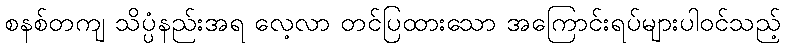
စနစ်တကျ သိပ္ပံနည်းအရ လေ့လာ တင်ပြထားသော အကြောင်းရပ်များပါဝင်သည့်